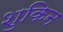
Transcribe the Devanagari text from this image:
शुकिन